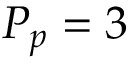
P _ { p } = 3